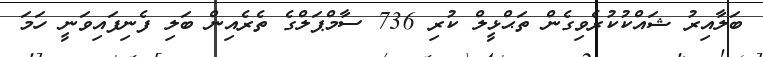
ބަލާއިރު ޝައްކުކުރެވިގެން ތަޙްޅީލް ކުރި 736 ސާމްޕަލްގެ ތެެރެއިން ބަލި ފެނިފައިވަނީ ހަމަ